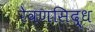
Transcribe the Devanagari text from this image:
रेवणसिद्ध